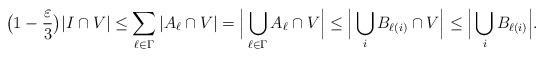
LaTeX: \begin{align*}\big(1-\frac{\varepsilon}{3}\big) |I\cap V| \leq \sum_{\ell\in \Gamma}|A_{\ell}\cap V| = \Big| \bigcup_{\ell\in \Gamma}A_{\ell}\cap V\Big| \leq \Big| \bigcup_{i}B_{\ell(i)}\cap V\Big| \leq \Big| \bigcup_{i}B_{\ell(i)}\Big|.\end{align*}